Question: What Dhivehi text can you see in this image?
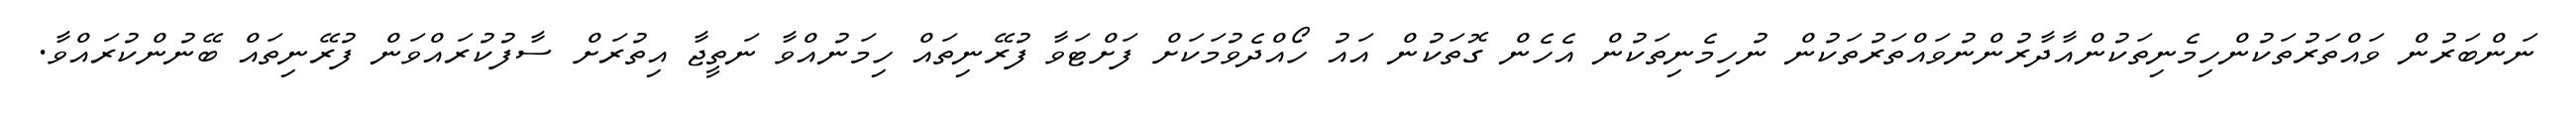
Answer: ނަންބަރުން ވައްތަރުތަކުންހިމެނިތަކުންއާދާރުންނުވައްތަރުތަކުން ނުހިމެނިތަކުން އެހެން ގޮތަކުން އައު ހޯއްދެވުމަކަށް ފަށްޓަވާ ފުރޭނިތައް ހިމަނުއްވާ ނަތީޖާ އިތުރަށް ސާފުކުރައްވަން ފުރޭނިތައް ބޭނުންކުރައްވާ.